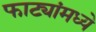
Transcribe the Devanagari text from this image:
फाट्यांमध्ये